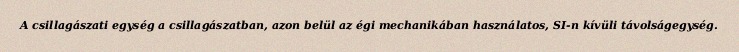
A csillagászati egység a csillagászatban, azon belül az égi mechanikában használatos, SI-n kívüli távolságegység.